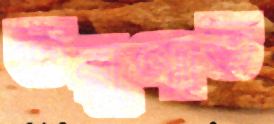
তরুণাভ